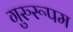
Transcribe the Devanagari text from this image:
गुरुरूपम